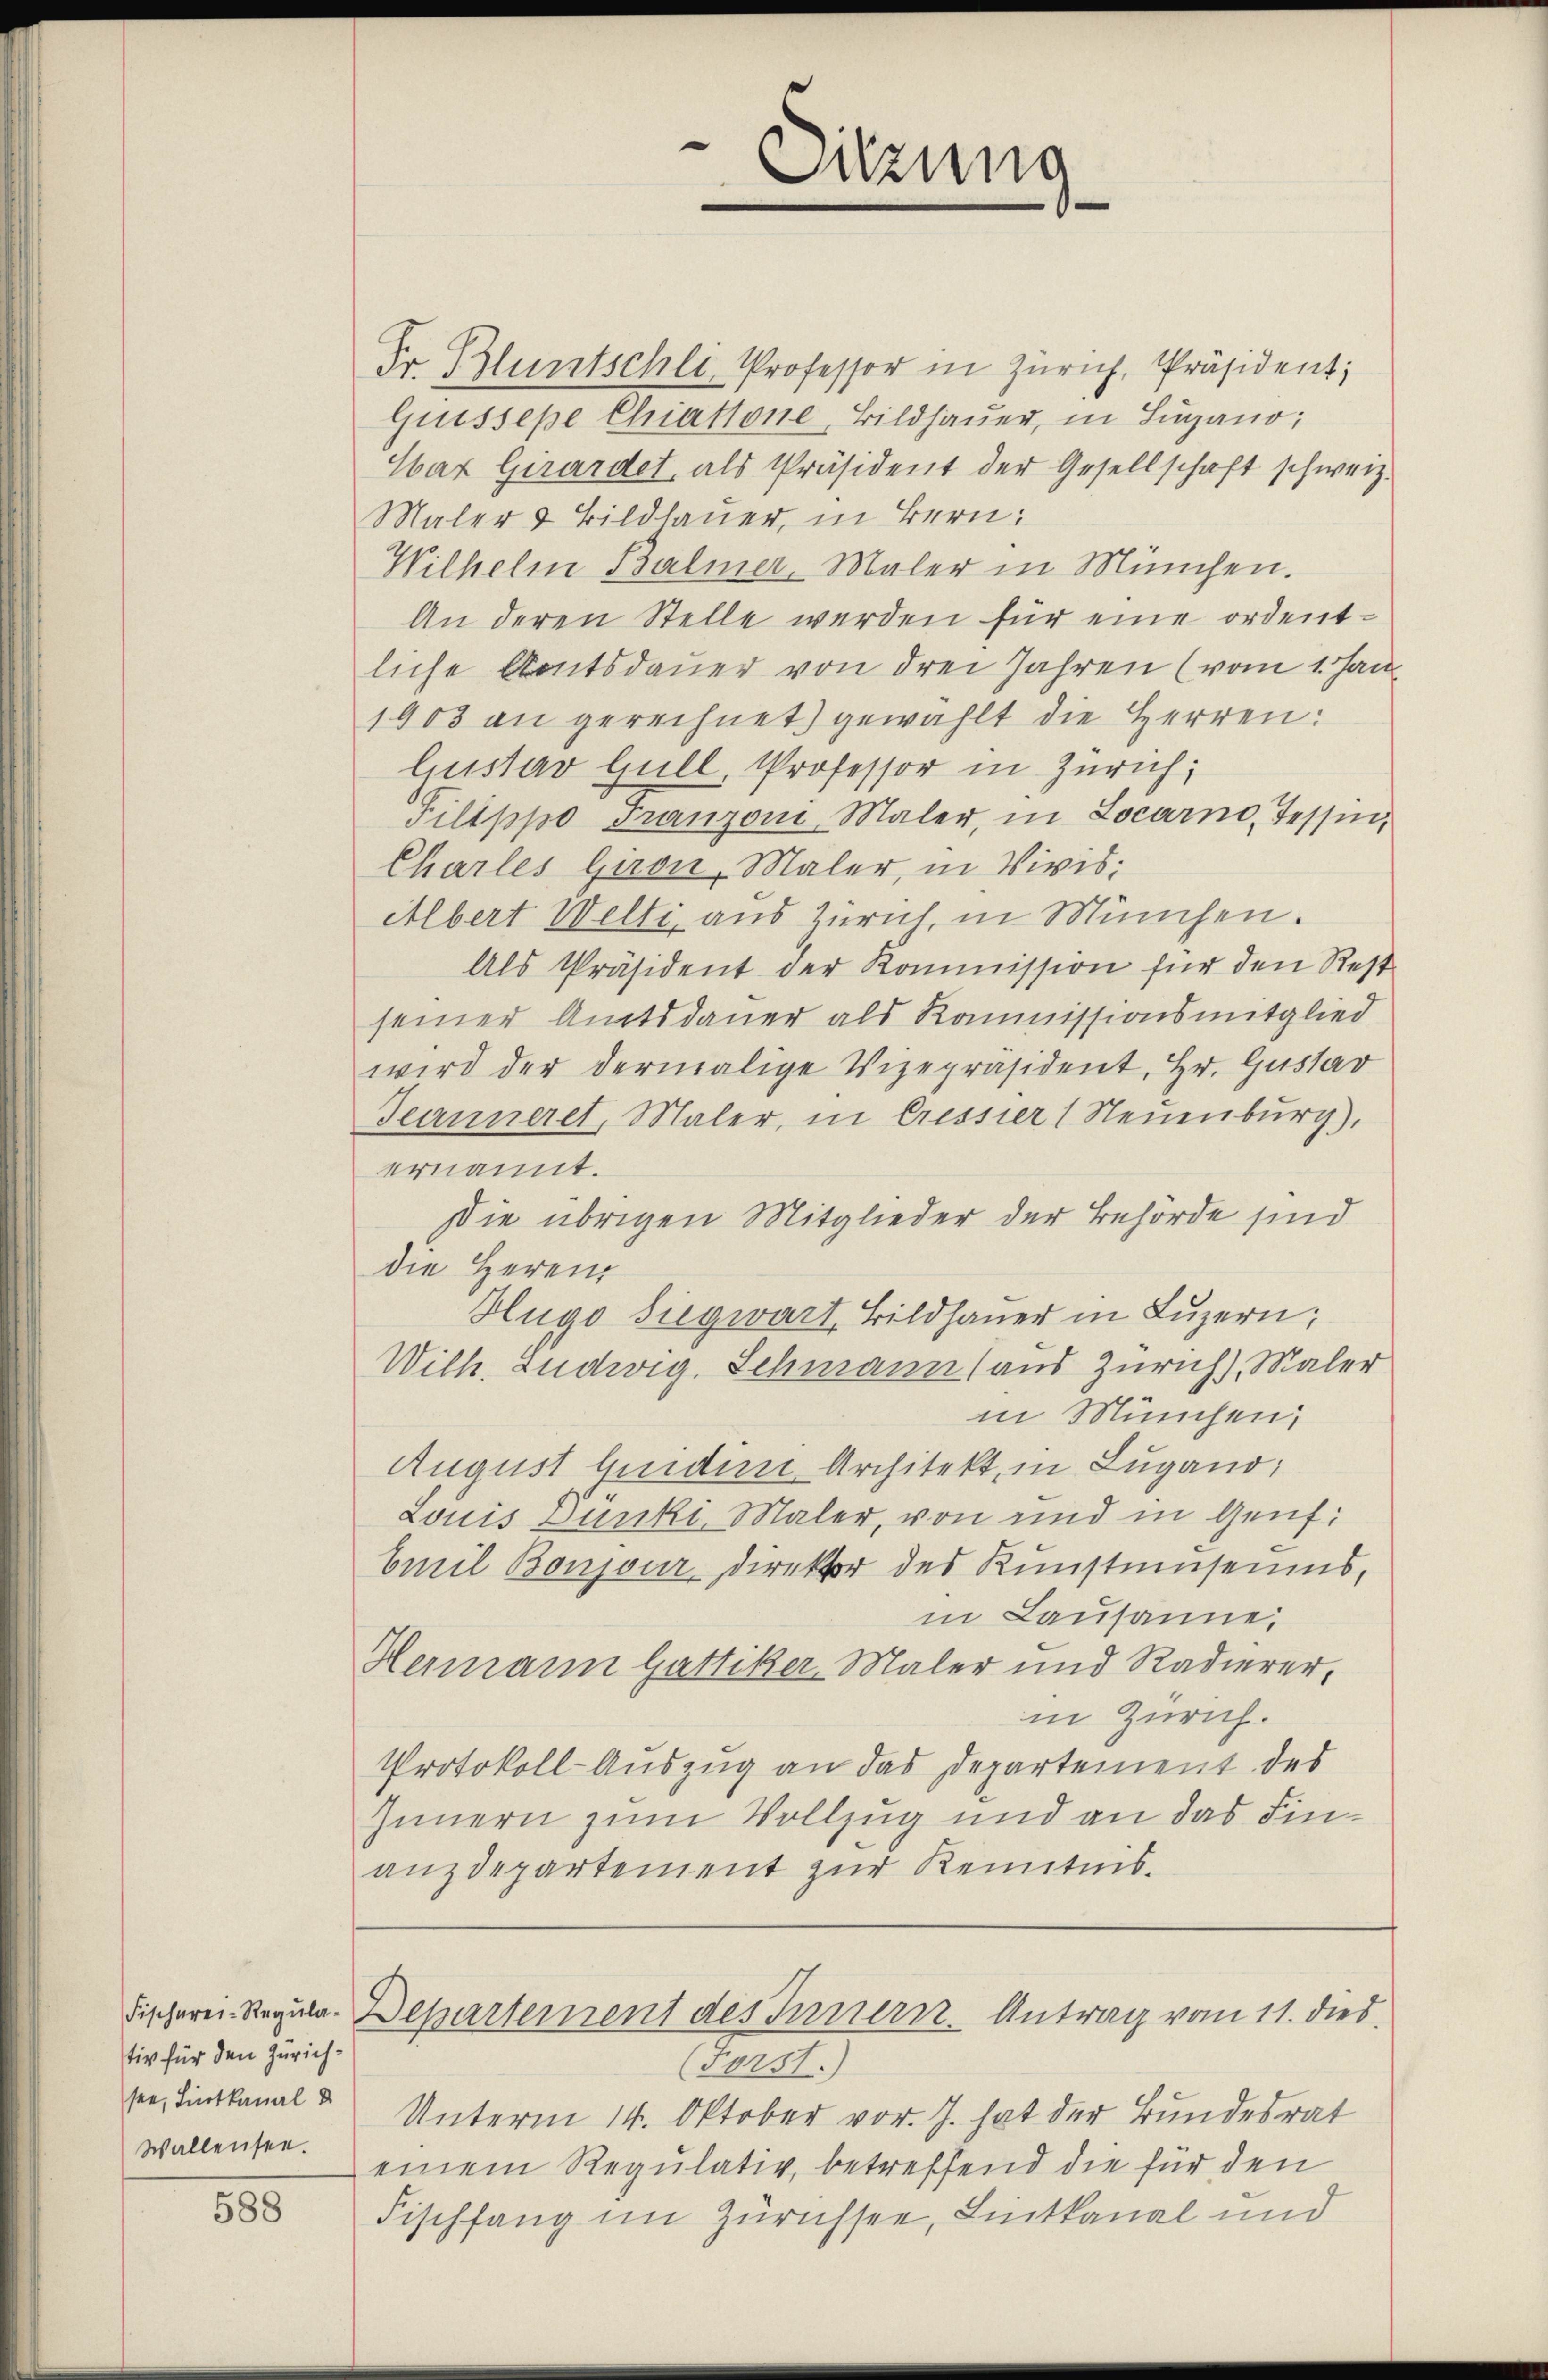
tiv für den Zürichsee, Lintkanal d
Wallensee.

588

Fr. Bluntschli, Professor in Zürich, Präsident;
Giissepe Chiassone, Bildhauer, in Lugano,
Car Girardet, als Präsident der Gesellschaft schweiz.
Maler & Bildhauer, in Bern:
Wilhelm Balmer, Maler in München.
An deren Stelle werden für eine ordentliche Amtsdauer von drei Jahren (vom 1. Han¬
1903 an gerechnet) gewählt die Herren:
lustav Gull, Professor in Zürich;
Pilippo Franzoni, Maler, in Locarno, Tessin,
Charles Giron, Maler, in Vivis;
Albert Welti aus Zürich in München.
Als Präsident der Kommission für den Rest
seiner Amtsdauer als Kommissionsmitglied
wird der dermalige Vizepräsident, Hr. Gustav
Jeanneret, Maler, in Cressier (Neuenburg),
ernannt.
Die übrigen Mitglieder der Behörde sind
die Herrn
Hugo Siegwart, Bildhauer in Luzern;
Wilh. Ludwig. Schmann (aus Zürich), Maler
in München,
August beidem Architekt, in Lugand;
Louis Dünki, Maler, von und in Genf
Emil Bonjour direktor des Kunstumseums,
in Lausane,
Hermann Gattiker Maler und Radierer,
in Zürich.
Protokoll-Auszug an das Departement des
Innern zum Vollzug und an das Finanzdepartement zur Kenntnis.

(Forst.)
Unterm 14. Oktober vor. J. hat der Bundesrat
einem Regulativ, betreffend die für den
Fischfang im Zürichsee, Lintkanal und

Sitzung

Fischerei- Regula-Departement des Innern Antrag vom 11. dies